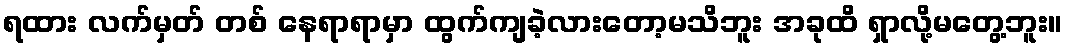
ရထား လက်မှတ် တစ် နေရာရာမှာ ထွက်ကျခဲ့လားတော့မသိဘူး အခုထိ ရှာလို့မတွေ့ဘူး။